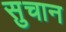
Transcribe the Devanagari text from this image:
सुचान